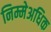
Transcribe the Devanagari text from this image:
निम्मेअधिक